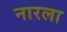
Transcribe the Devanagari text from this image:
नारला